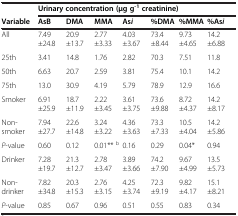
<table><thead><tr><td><b> </b></td><td colspan="7"><b>Urinary concentration (μg g<sup>-1</sup>creatinine)</b></td></tr><tr><td><b>Variable</b></td><td><b>AsB</b></td><td><b>DMA</b></td><td><b>MMA</b></td><td><b>As<i>i</i></b></td><td><b>%DMA</b></td><td><b>%MMA</b></td><td><b>%As<i>i</i></b></td></tr></thead><tbody><tr><td>All</td><td>7.49±24.8</td><td>20.9±13.7</td><td>2.77±3.33</td><td>4.03±3.67</td><td>73.4±8.44</td><td>9.73±4.65</td><td>14.2±6.88</td></tr><tr><td>25th</td><td>3.41</td><td>14.8</td><td>1.76</td><td>2.82</td><td>70.3</td><td>7.51</td><td>11.8</td></tr><tr><td>50th</td><td>6.63</td><td>20.7</td><td>2.59</td><td>3.81</td><td>75.4</td><td>10.1</td><td>14.2</td></tr><tr><td>75th</td><td>13.0</td><td>30.9</td><td>4.19</td><td>5.79</td><td>78.9</td><td>12.9</td><td>16.6</td></tr><tr><td>Smoker</td><td>6.91±25.9</td><td>18.7±11.9</td><td>2.22±3.45</td><td>3.61±3.75</td><td>73.6±9.88</td><td>8.72±4.37</td><td>14.2±8.17</td></tr><tr><td>Non-smoker</td><td>7.94±27.7</td><td>22.6±14.8</td><td>3.24±3.22</td><td>4.36±3.63</td><td>73.3±7.33</td><td>10.5±4.04</td><td>14.2±5.86</td></tr><tr><td><i>P</i>-value</td><td>0.60</td><td>0.12</td><td>0.01** <sup>b</sup></td><td>0.16</td><td>0.29</td><td>0.04*</td><td>0.94</td></tr><tr><td>Drinker</td><td>7.28±19.7</td><td>21.3±12.7</td><td>2.78±3.47</td><td>3.89±3.66</td><td>74.2±7.90</td><td>9.67±4.99</td><td>13.5±5.73</td></tr><tr><td>Non-drinker</td><td>7.82±34.8</td><td>20.3±15.3</td><td>2.76±3.15</td><td>4.25±3.74</td><td>72.3±9.19</td><td>9.82±4.17</td><td>15.1±8.21</td></tr><tr><td><i>P</i>-value</td><td>0.85</td><td>0.67</td><td>0.96</td><td>0.51</td><td>0.55</td><td>0.83</td><td>0.34</td></tr></tbody></table>